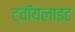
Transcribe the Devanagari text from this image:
ट्वॉयलाइट